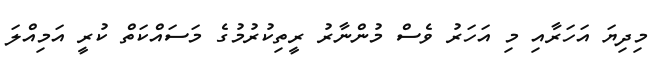
މިދިޔަ އަހަރާއި މި އަހަރު ވެސް މުންނާރު ރީތިކުރުމުގެ މަސައްކަތް ކުރީ އަމިއްލަ